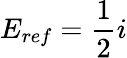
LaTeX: E_{ref}=\frac{1}{2}i